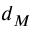
d _ { M }